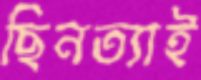
ছিনত্যাই